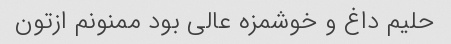
حلیم داغ و خوشمزه عالی بود ممنونم ازتون